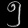
Digit: ၅